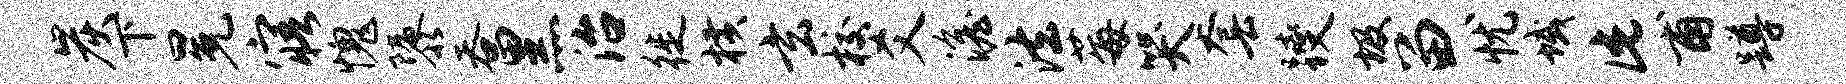
炭下冕寤愧隳吞黑治徙横玄校爻澹法莓哭套躞圾留忧域此甫蹲